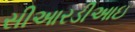
સીઆરડીઆઇ